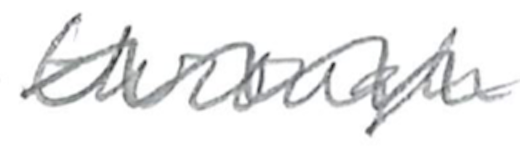
Text: through
Cross-out: wave
Writing tool: pencil